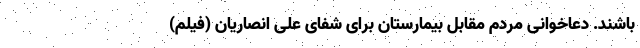
باشند. دعاخوانی مردم مقابل بیمارستان برای شفای علی انصاریان (فیلم)